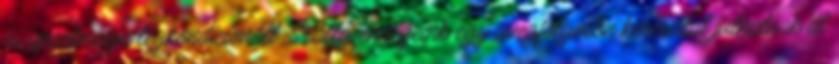
és apartmanja légkondicionált. Szállóvendégeink egy üvegfolyosón keresztül juthatnak át